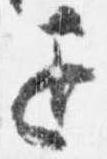
退